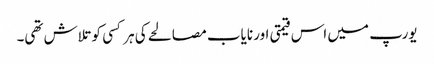
یورپ میں اس قیمتی اور نایاب مصالحے کی ہر کسی کو تلاش تھی۔